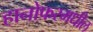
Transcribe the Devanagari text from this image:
हानोफरमधील